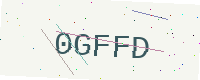
Text: 0GFFD